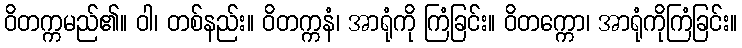
ဝိတက္ကမည်၏။ ဝါ၊ တစ်နည်း။ ဝိတက္ကနံ၊ အာရုံကို ကြံခြင်း။ ဝိတက္ကော၊ အာရုံကိုကြံခြင်း။